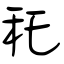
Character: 秅